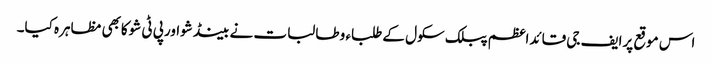
اس موقع پرایف جی قائداعظم پبلک سکول کے طلباء و طالبات نے بینڈشواورپی ٹی شوکابھی مظاہرہ کیا۔